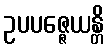
ဥပပဇ္ဇေယန္တိ